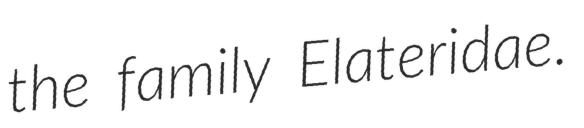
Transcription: the family Elateridae.